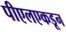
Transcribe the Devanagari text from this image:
पीएलएकडून